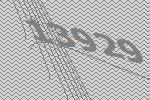
13929